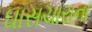
ઘાસચારાના